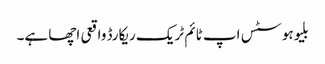
بلیوہوسٹس اپ ٹائم ٹریک ریکارڈ واقعی اچھا ہے۔